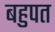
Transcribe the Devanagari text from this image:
बहुपत